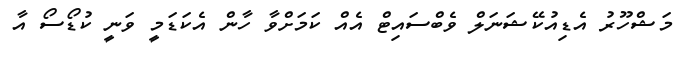
މަޝްހޫރު އެޑިއުކޭޝަނަލް ވެބްސައިޓް އެއް ކަމަށްވާ ހާން އެކަޑަމީ ވަނީ ކުޑޯސޯ އާ